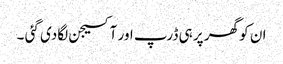
ان کو گھر پر ہی ڈرپ اور آکسیجن لگادی گئی ۔